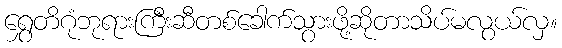
ရွှေတိဂုံဘုရားကြီးဆီတစ်ခေါက်သွားဖို့ဆိုတာသိပ်မလွယ်လှ။